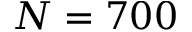
N = 7 0 0